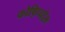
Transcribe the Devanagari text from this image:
कोष़िप्पोरू